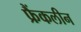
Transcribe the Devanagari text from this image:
फ्रैंकलीन